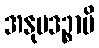
အနုပဒဉ္စာပိ